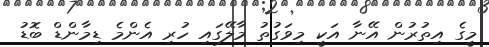
މީގެ އިތުރުން އޭނާ އަކީ މިވަގުތު މާލޭގައި ހުރި އެންމެ ޑިމާންޑް ބޮޑު